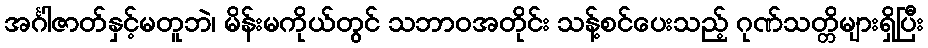
အင်္ဂါဇာတ်နှင့်မတူဘဲ၊ မိန်းမကိုယ်တွင် သဘာဝအတိုင်း သန့်စင်ပေးသည့် ဂုဏ်သတ္တိများရှိပြီး